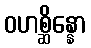
ဝဟစ္ဆိန္နော